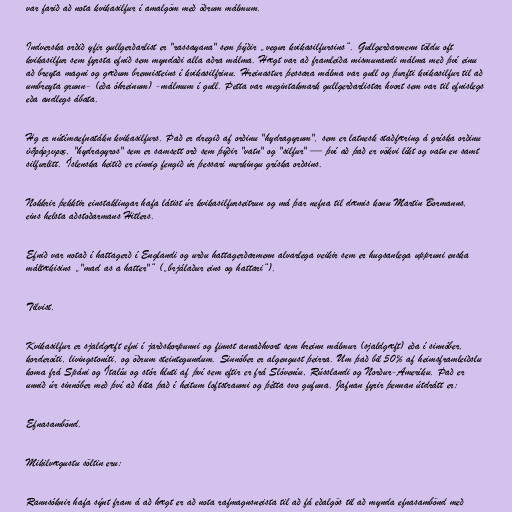
var farið að nota kvikasilfur í amalgöm með öðrum málmum.

Indverska orðið yfir gullgerðarlist er "rassayana" sem þýðir „vegur kvikasilfursins“. Gullgerðarmenn töldu oft
kvikasilfur sem fyrsta efnið sem myndaði alla aðra málma. Hægt var að framleiða mismunandi málma með því einu
að breyta magni og gæðum brennisteins í kvikasilfrinu. Hreinastur þessara málma var gull og þurfti kvikasilfur til að
umbreyta grunn- (eða óhreinum) -málmum í gull. Þetta var megintakmark gullgerðarlistar hvort sem var til efnislegs
eða andlegs ábata.

Hg er nútímaefnatákn kvikasilfurs. Það er dregið af orðinu "hydragyrum", sem er latnesk staðfæring á gríska orðinu
ύδράργυρος, "hydragyros" sem er samsett orð sem þýðir "vatn" og "silfur" — því að það er vökvi líkt og vatn en samt
silfurlitt. Íslenska heitið er einnig fengið úr þessari merkingu gríska orðsins.

Nokkrir þekktir einstaklingar hafa látist úr kvikasilfurseitrun og má þar nefna til dæmis konu Martin Bormanns,
eins helsta aðstoðarmans Hitlers.

Efnið var notað í hattagerð í Englandi og urðu hattagerðarmenn alvarlega veikir sem er hugsanlega uppruni enska
máltækisins „"mad as a hatter"“ („brjálaður eins og hattari“).

Tilvist.

Kvikasilfur er sjaldgæft efni í jarðskorpunni og finnst annaðhvort sem hreinn málmur (sjaldgæft) eða í sinnóber,
korderoíti, livingstoníti, og öðrum steintegundum. Sinnóber er algengust þeirra. Um það bil 50% af heimsframleiðslu
koma frá Spáni og Ítalíu og stór hluti af því sem eftir er frá Slóveníu, Rússlandi og Norður-Ameríku. Það er
unnið úr sinnóber með því að hita það í heitum loftstraumi og þétta svo gufuna. Jafnan fyrir þennan útdrátt er:

Efnasambönd.

Mikilvægustu söltin eru:

Rannsóknir hafa sýnt fram á að hægt er að nota rafmagnsneista til að fá eðalgös til að mynda efnasambönd með